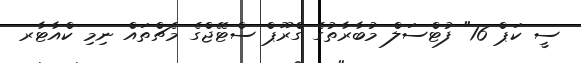
ސީ ކަޕް 16" ފުޓްސަލް މުބާރާތުގެ ގްރޫޕް ސްޓޭޖްގެ މެޗްތައް ނިމި ކްއާޓާރ